Eesti_Vabariigi_Tartu_Ulikool, lk 124
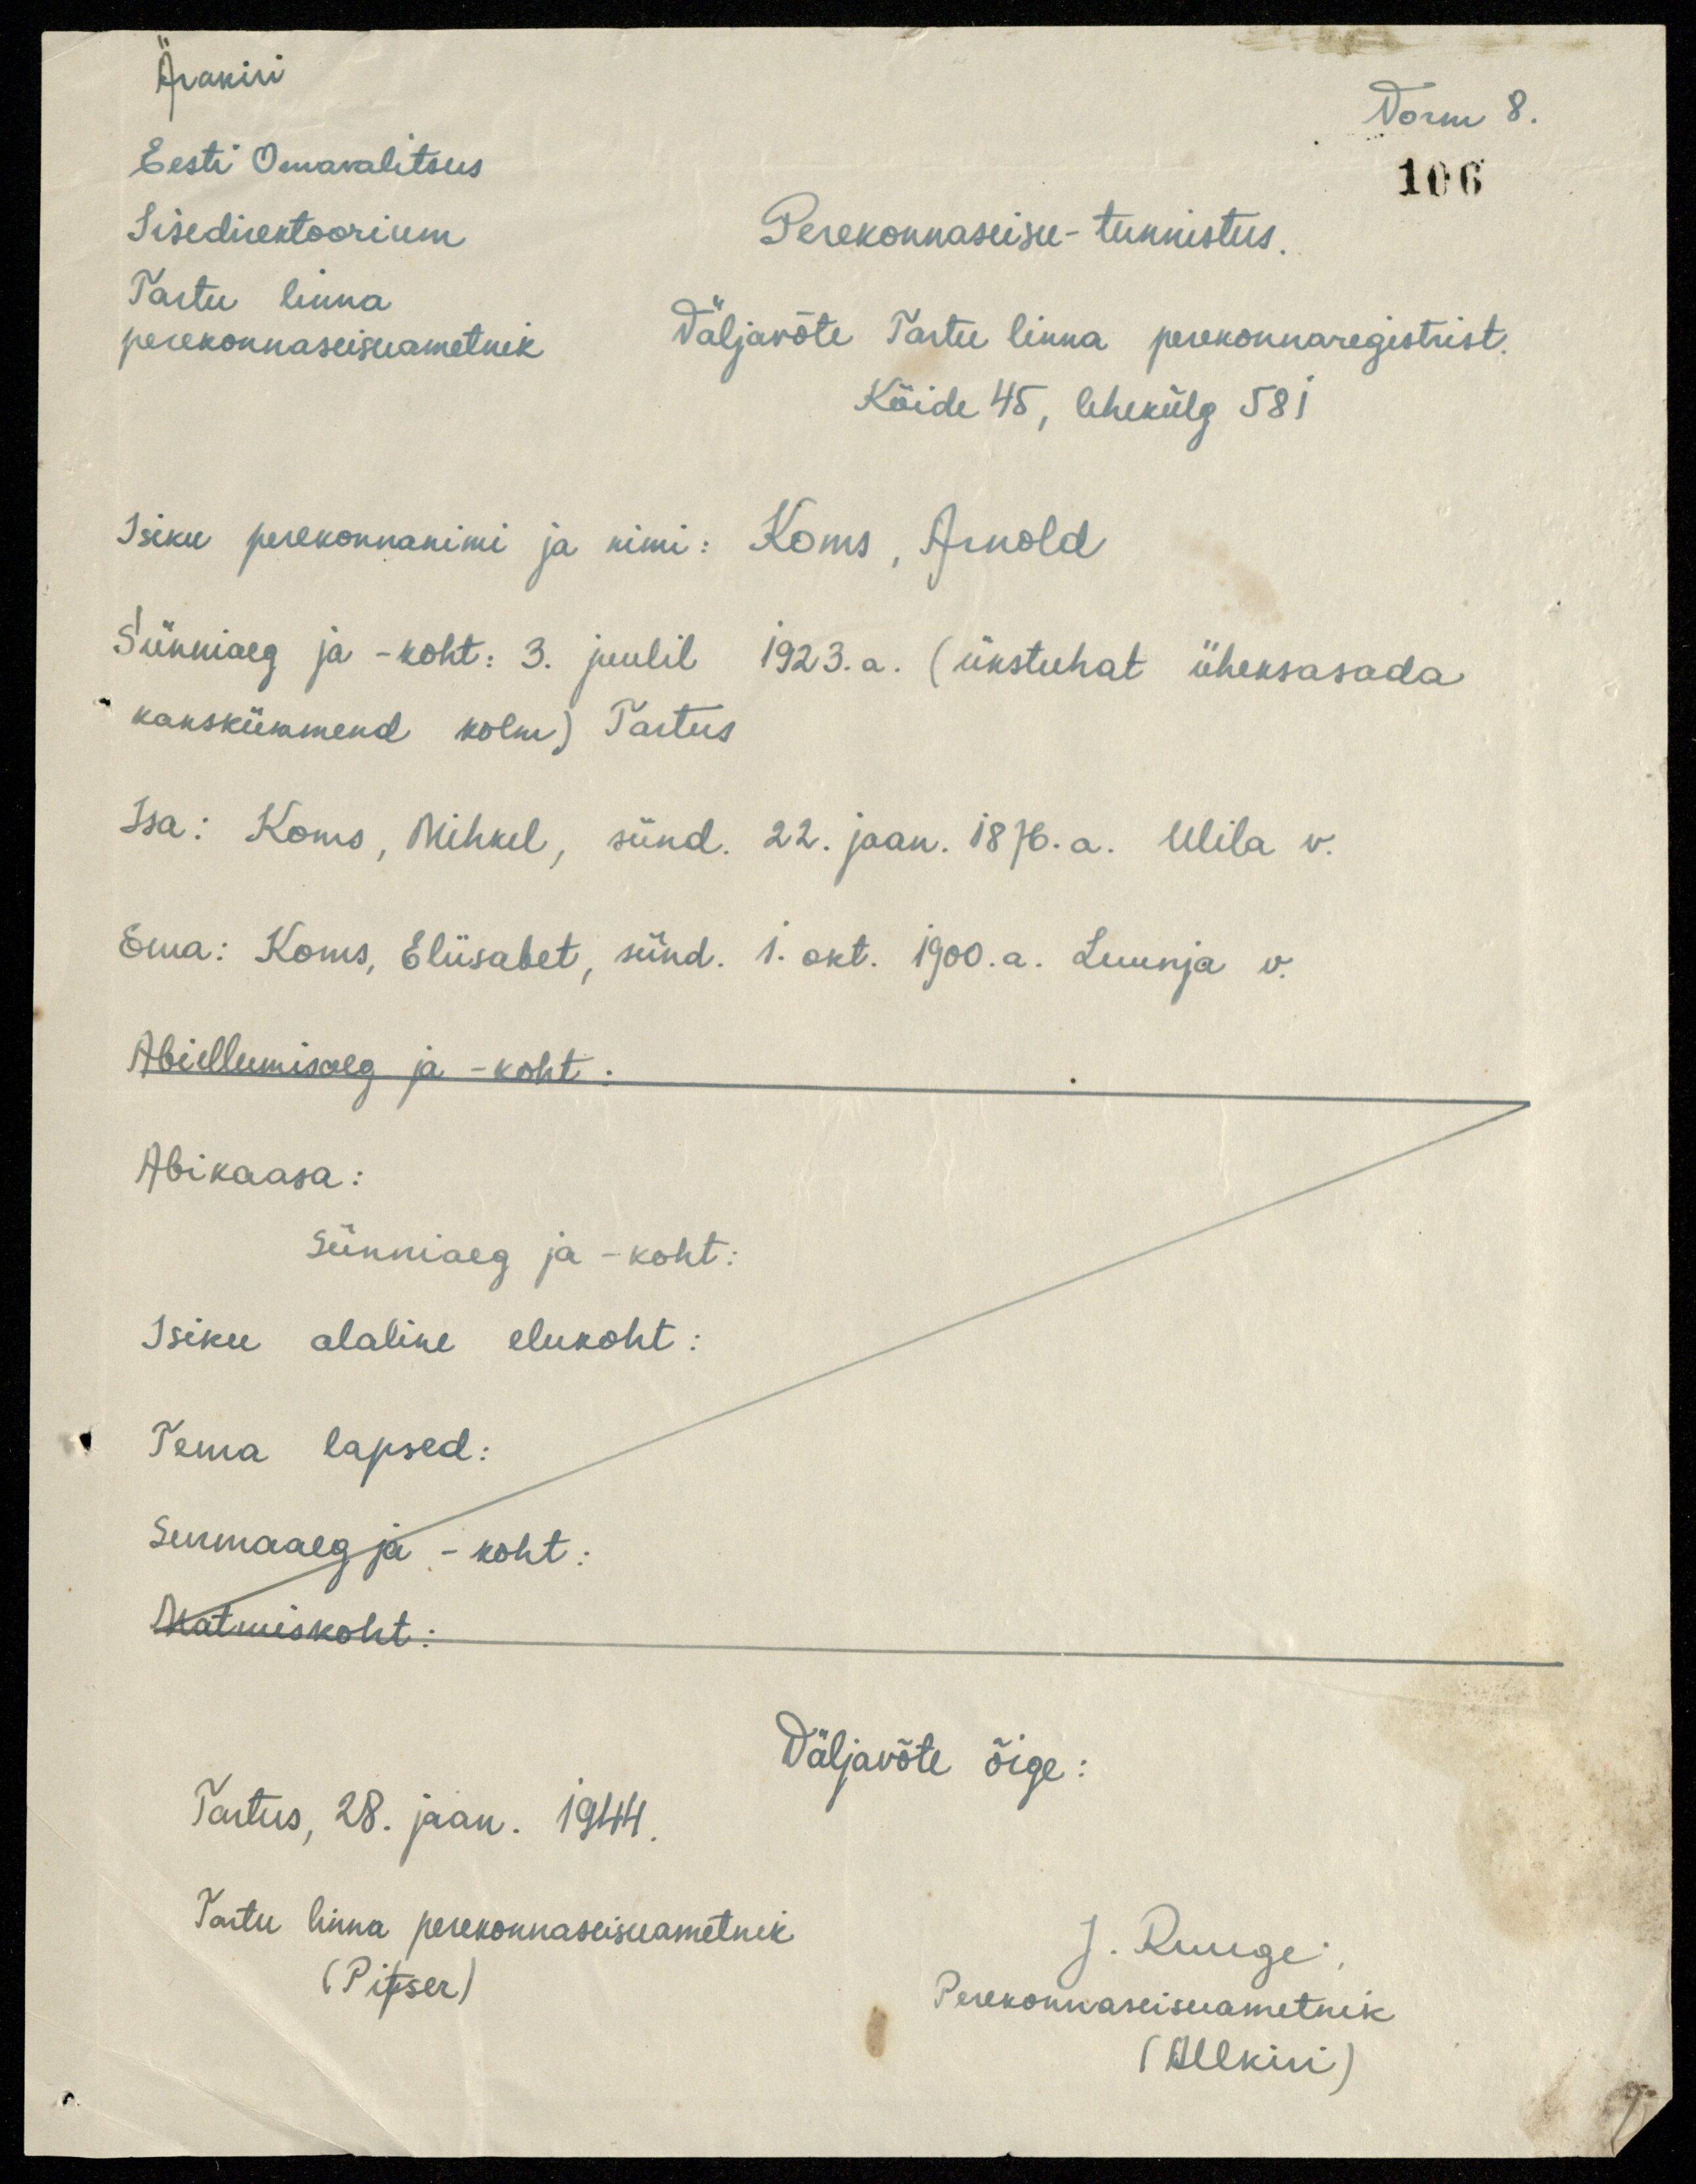
Ärakiri
Vorm 8.
106
Eesti Omavalitsus
Sisedirektoorium
Tartu linna
perekonnaseisuametnik
Perekonnaseisu-tunnistus.
Väljavõte Tartu linna perekonnaregistrist.
Köide 45, lehekülg 581
Isiku perekonnanimi ja nimi: Koms, Arnold
Sünniaeg ja - koht: 3. juulil 1923. a. (ükstuhat üheksasada
kakskümmend kolm) Tartus
Isa: Koms, Mihkel, sünd. 22. jaan. 1876. a. Ulila v.
Ema: Koms, Eliisabet, sünd. 1. okt. 1900.a. Luunja v.
Abiellumisaeg ja - koht:
Abikaasa:
Sünniaeg ja -koht:
Isiku alaline elukoht:
Tema lapsed:
Surmaaeg ja - koht:
Matmiskoht:
Väljavõte õige:
Tartus, 28. jaan. 1944
Tartu linna perekonnaseisuametnik
J. Ruuge
(Pitser)
Perekonnaseisuametnik
(Allkiri)